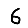
Digit: 6